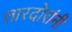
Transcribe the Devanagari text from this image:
तारदोरांनी